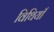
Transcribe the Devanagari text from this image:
विथियाँ